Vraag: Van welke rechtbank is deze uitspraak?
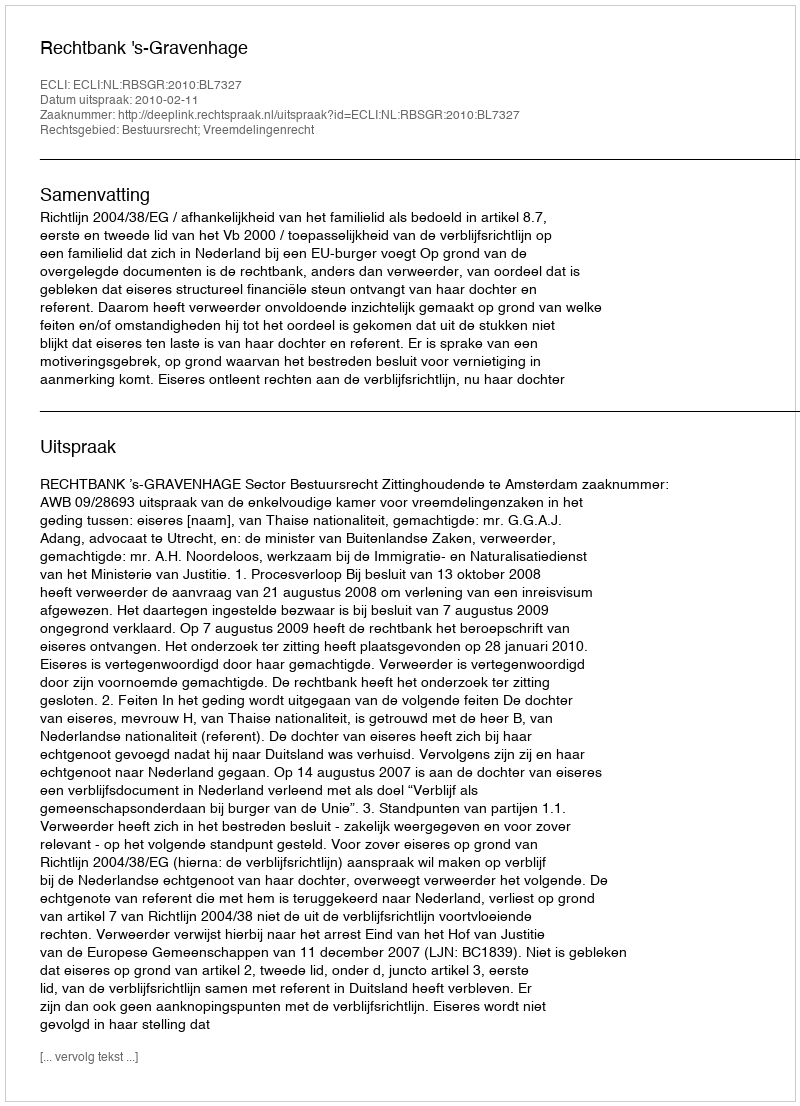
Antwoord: Rechtbank 's-Gravenhage